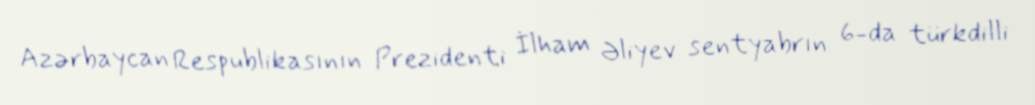
Azərbaycan Respublikasının Prezidenti İlham Əliyev sentyabrın 6-da türkdilli